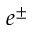
e ^ { \pm }